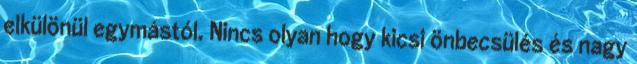
elkülönül egymástól. Nincs olyan hogy kicsi önbecsülés és nagy